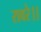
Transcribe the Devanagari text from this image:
रावरे।।